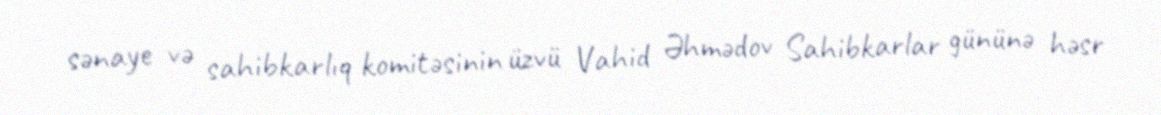
sənaye və sahibkarlıq komitəsinin üzvü Vahid Əhmədov Sahibkarlar gününə həsr